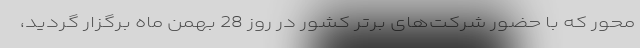
محور که با حضور شرکت‌های برتر کشور در روز 28 بهمن ماه برگزار گردید،